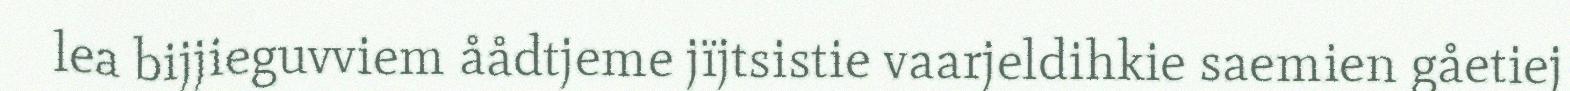
lea bijjieguvviem åådtjeme jïjtsistie vaarjeldihkie saemien gåetiej